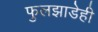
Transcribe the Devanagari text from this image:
फुलझाडेही